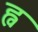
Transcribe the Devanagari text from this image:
ह्व